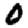
Digit: 0